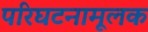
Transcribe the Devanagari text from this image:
परिघटनामूलक